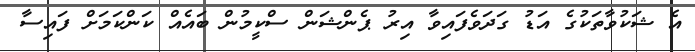
އެ ޝަކުވާތަކުގެ އަޑު ގަދަވެފައިވާ އިރު ޕެންޝަން ސްކީމުން ބައެއް ކަންކަމަށް ފައިސާ